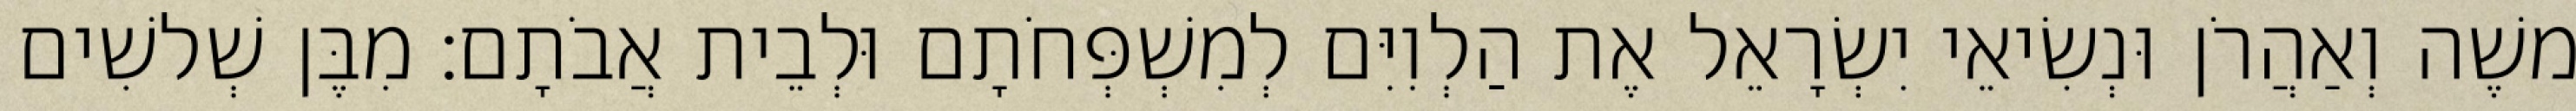
משֶׁה וְאַהֲרֹן וּנְשִׂיאֵי יִשְׂרָאֵל אֶת הַלְוִיִּם לְמִשְׁפְּחֹתָם וּלְבֵית אֲבֹתָם׃ מִבֶּן שְׁלשִׁים